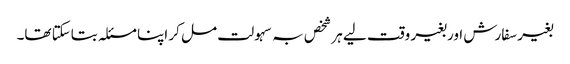
بغیر سفارش اور بغیر وقت لیے ہر شخص بہ سہولت مل کر اپنا مسئلہ بتاسکتا تھا۔